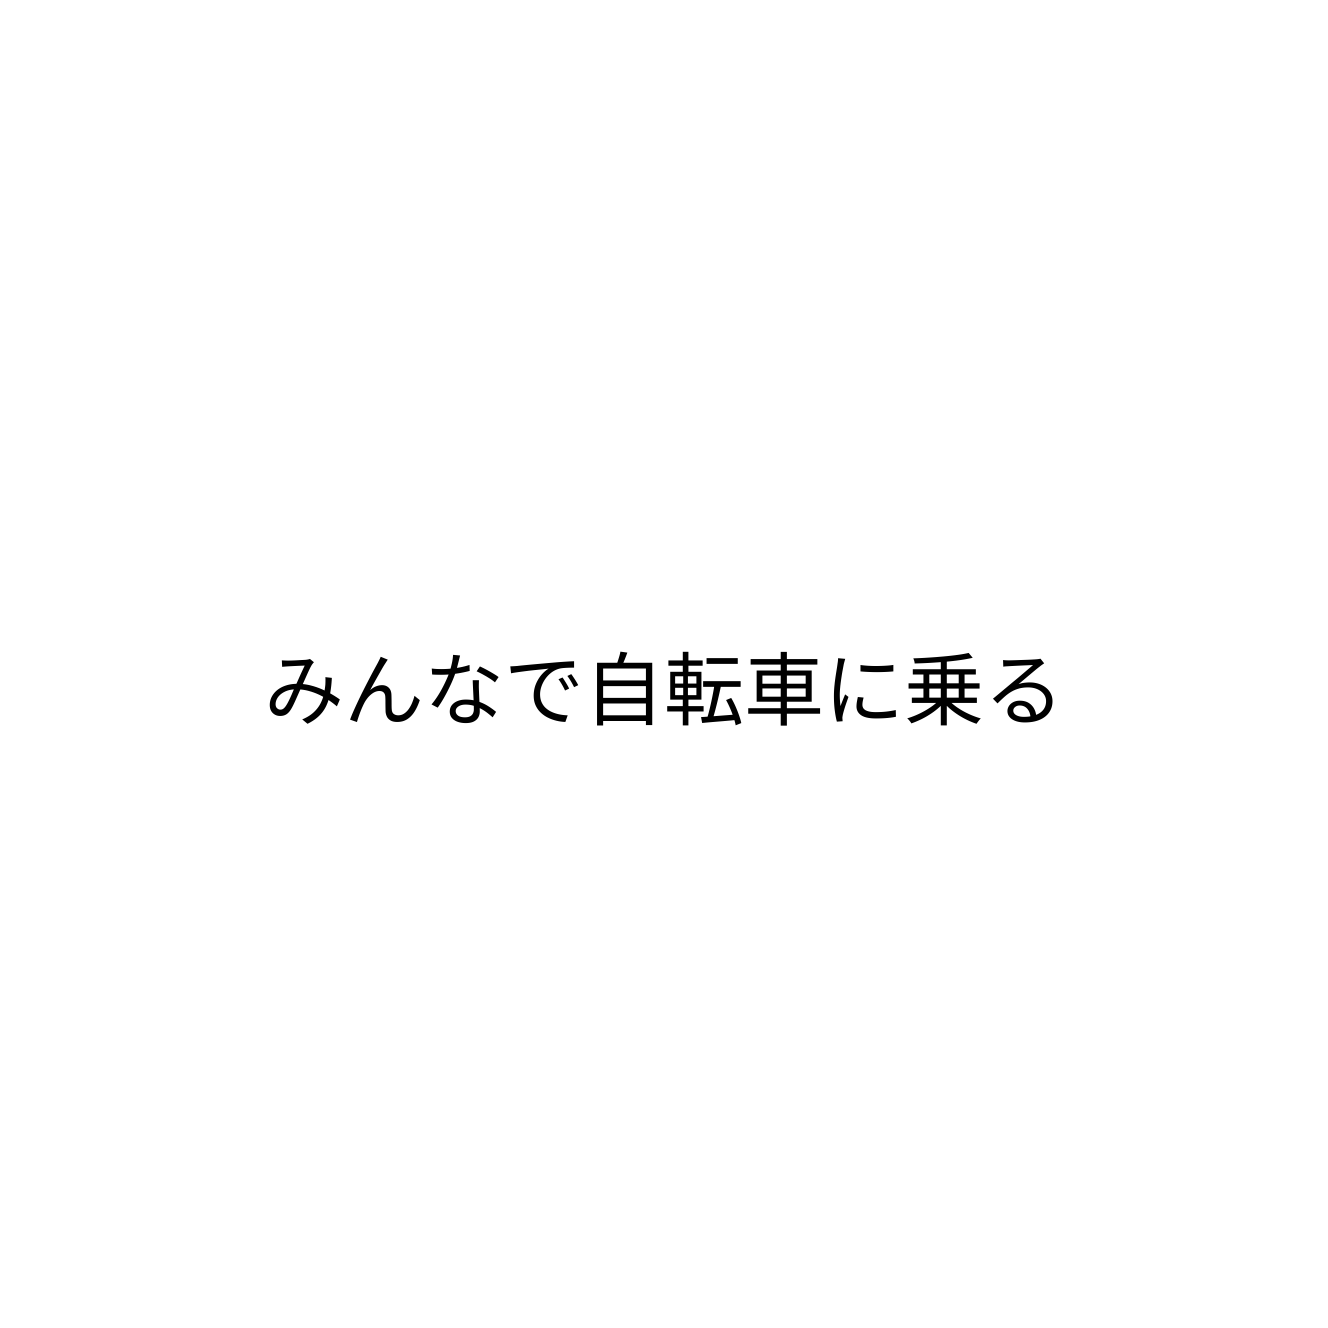
みんなで自転車に乗る